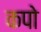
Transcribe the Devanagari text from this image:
कपो